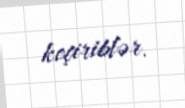
keçiriblər.